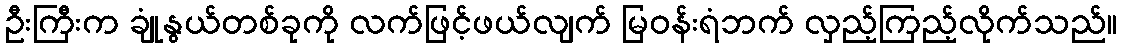
ဦးကြီးက ချုံနွယ်တစ်ခုကို လက်ဖြင့်ဖယ်လျက် မြဝန်းရံဘက် လှည့်ကြည့်လိုက်သည်။